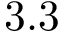
3 . 3